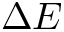
\Delta E